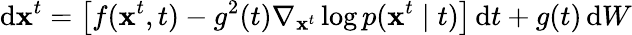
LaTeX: \mathrm{d}\mathbf{x}^{t}=\left[f(\mathbf{x}^{t},t)-g^{2}(t)\nabla_{\mathbf{x}^{t}}\log p(\mathbf{x}^{t}\mid t)\right]\, \mathrm{d}t+g(t)\, \mathrm{d}W